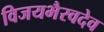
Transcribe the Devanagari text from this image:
विजयभैरवदेव